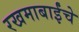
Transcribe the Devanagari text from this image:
रखमाबाईंचे